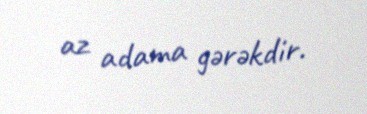
az adama gərəkdir.